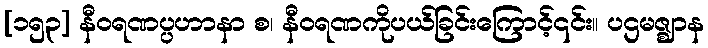
[၁၅၃] နီဝရဏပ္ပဟာနာ စ၊ နီဝရဏကိုပယ်ခြင်းကြောင့်၎င်း။ ပဌမဇ္ဈာန